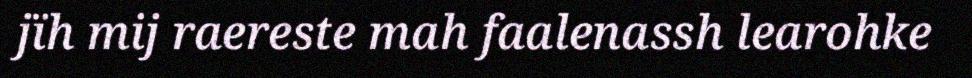
jïh mij raereste mah faalenassh learohke